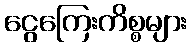
ငွေကြေးကိစ္စများ